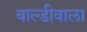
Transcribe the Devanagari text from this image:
बाल्डीवाला